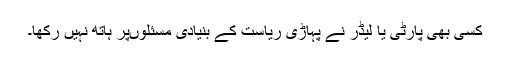
کسی بھی پارٹی یا لیڈر نے پہاڑی ریاست کے بنیادی مسئلوںپر ہاتھ نہیں رکھا۔